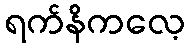
ရက်နိကလေ့